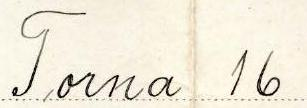
Torna 16